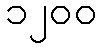
၁၂၀၀